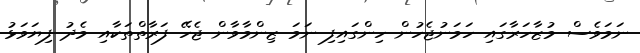
ނަމަވެސް މުޒާހަރާގައި ހަމަނުޖެހުން ހިންގައިފި ނަމަ ޒިންމާވާން ޖެހޭ ފަރާތްތަކާއި މެދު ފިޔަވަޅު